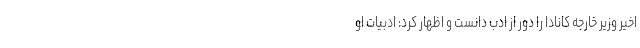
اخیر وزیر خارجه کانادا را دور از ادب دانست و اظهار کرد: ادبیات او